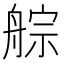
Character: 䑸